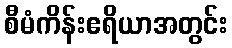
စီမံကိန်းဧရိယာအတွင်း